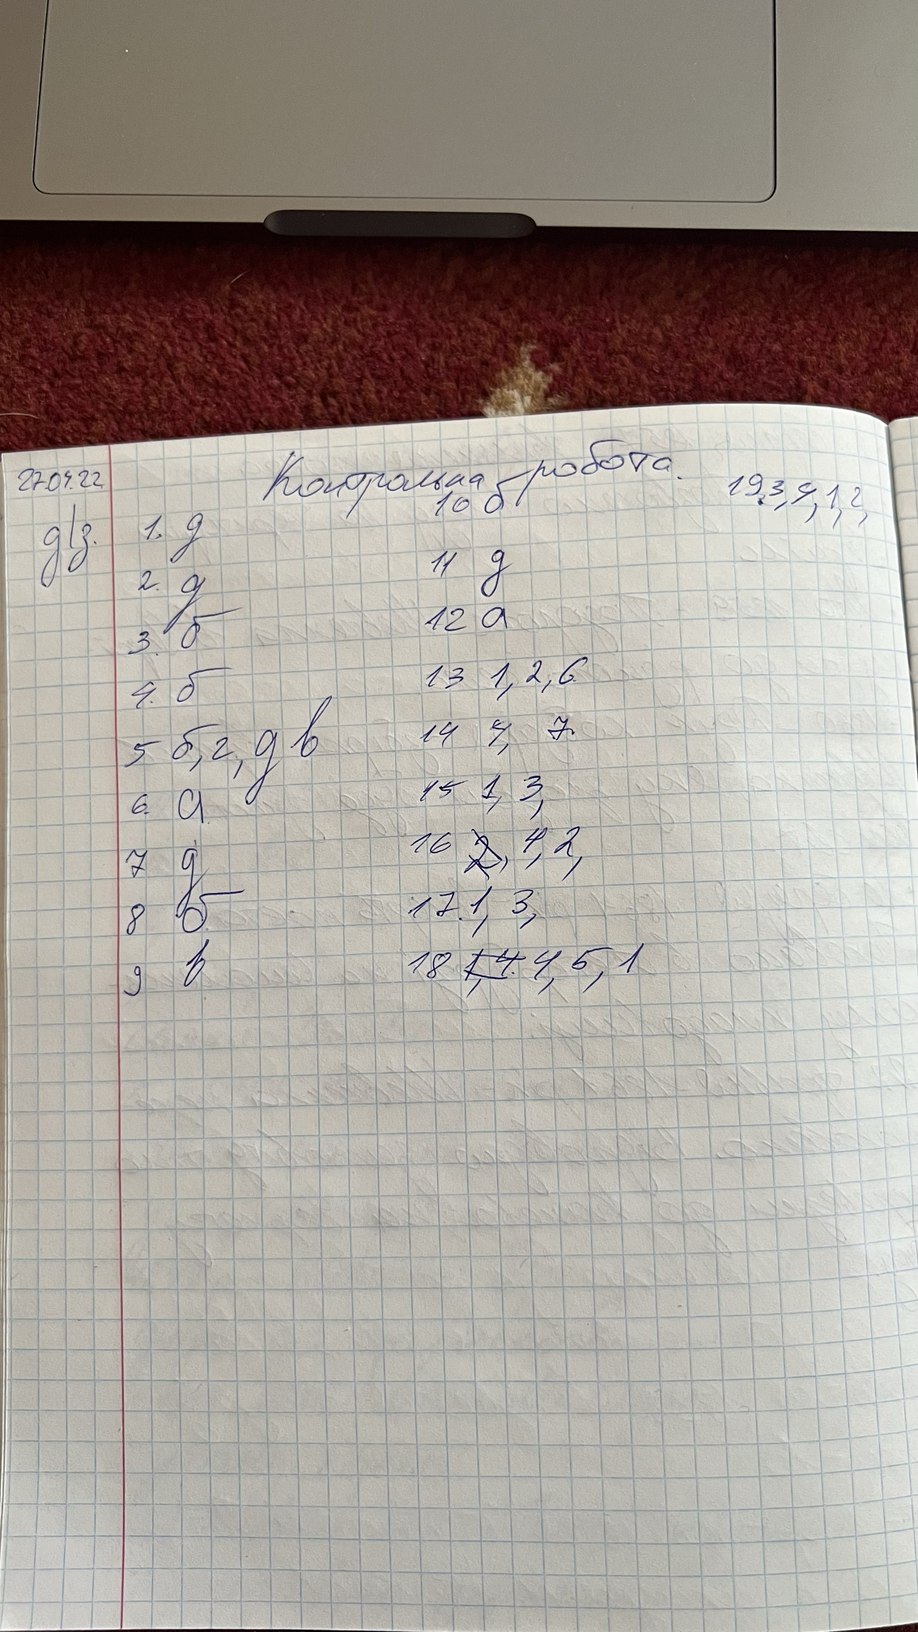
Контрольна робота.
27.04.22
19. 3, 4, 1, 2
10 б
д/з
1. д
11 д
2. д
12 a
3. б
13 1, 2, 6
4. б
5 б, г, д в
14 4, 7.
15 1, 3,
6. a
16 ~~2~~, 4, 2,
7 д
17. 1, 3,
8 б
18, ~~1,4~~ 4, 5, 1
9 в